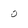
Character: 0